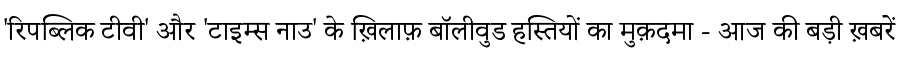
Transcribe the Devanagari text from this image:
'रिपब्लिक टीवी' और 'टाइम्स नाउ' के ख़िलाफ़ बॉलीवुड हस्तियों का मुक़दमा - आज की बड़ी ख़बरें